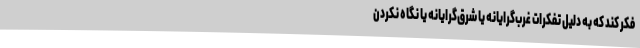
فکر کند که به دلیل تفکرات غرب‌گرایانه یا شرق‌گرایانه یا نگاه نکردن